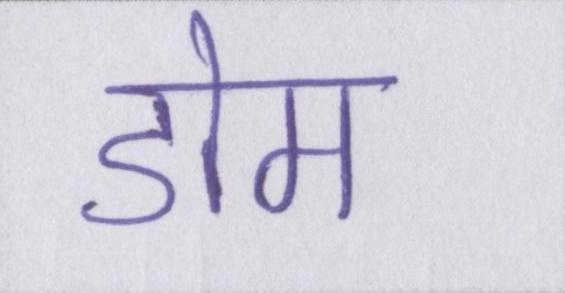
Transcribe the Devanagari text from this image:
डोम